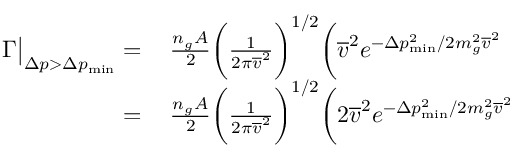
\begin{array} { r l } { \Gamma \big | _ { \Delta p > \Delta p _ { \mathrm { m i n } } } = } & { { } \, \frac { n _ { g } A } { 2 } \bigg ( \frac { 1 } { 2 \pi \overline { { v } } ^ { 2 } } \bigg ) ^ { 1 / 2 } \bigg ( \overline { { v } } ^ { 2 } e ^ { - \Delta p _ { \mathrm { m i n } } ^ { 2 } / 2 m _ { g } ^ { 2 } \overline { { v } } ^ { 2 } } } \\ { = } & { { } \, \frac { n _ { g } A } { 2 } \bigg ( \frac { 1 } { 2 \pi \overline { { v } } ^ { 2 } } \bigg ) ^ { 1 / 2 } \bigg ( 2 \overline { { v } } ^ { 2 } e ^ { - \Delta p _ { \mathrm { m i n } } ^ { 2 } / 2 m _ { g } ^ { 2 } \overline { { v } } ^ { 2 } } } \end{array}